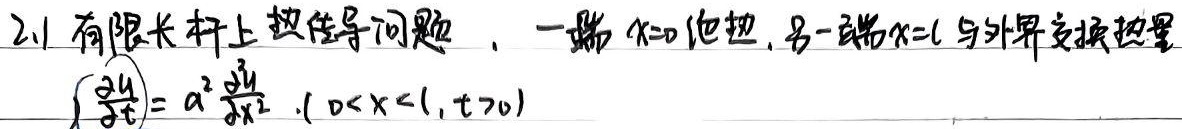
2.1 有限长杆上热传导问题，一端 \(x = 0\) 绝热，另一端 \(x = l\) 与外界交换热量
\[
\left(\frac{\partial u}{\partial t}\right)=a^{2}\frac{\partial^{2}u}{\partial x^{2}}\ \ (0 < x < l,t>0)
\]